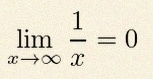
\lim_{x\to\infty}\frac{1}{x}=0